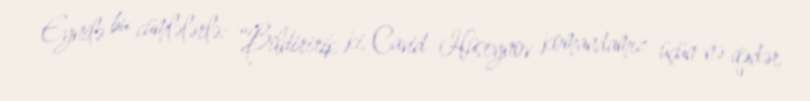
Eynilə bu cümlələrlə: “Bildiririk ki, Cavid Hüseynov komandamız üçün nə qədər